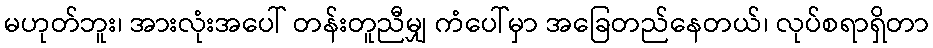
မဟုတ်ဘူး၊ အားလုံးအပေါ် တန်းတူညီမျှ ကံပေါ်မှာ အခြေတည်နေတယ်၊ လုပ်စရာရှိတာ